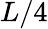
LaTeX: L/4